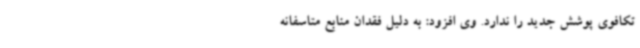
تکافوی پوشش جدید را ندارد. وی افزود: به دلیل فقدان منابع متاسفانه